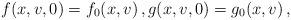
LaTeX: \begin{align*} f(x,v,0) = f_0(x,v) \,,g(x,v,0) = g_0(x,v) \,,\end{align*}